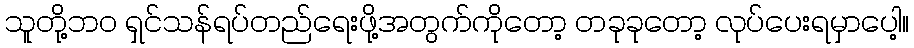
သူတို့ဘဝ ရှင်သန်ရပ်တည်ရေးဖို့အတွက်ကိုတော့ တခုခုတော့ လုပ်ပေးရမှာပေါ့။